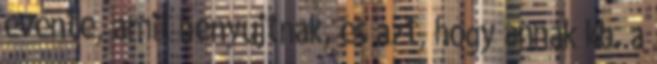
évente, amit benyújtnak, és azt, hogy annak kb. a